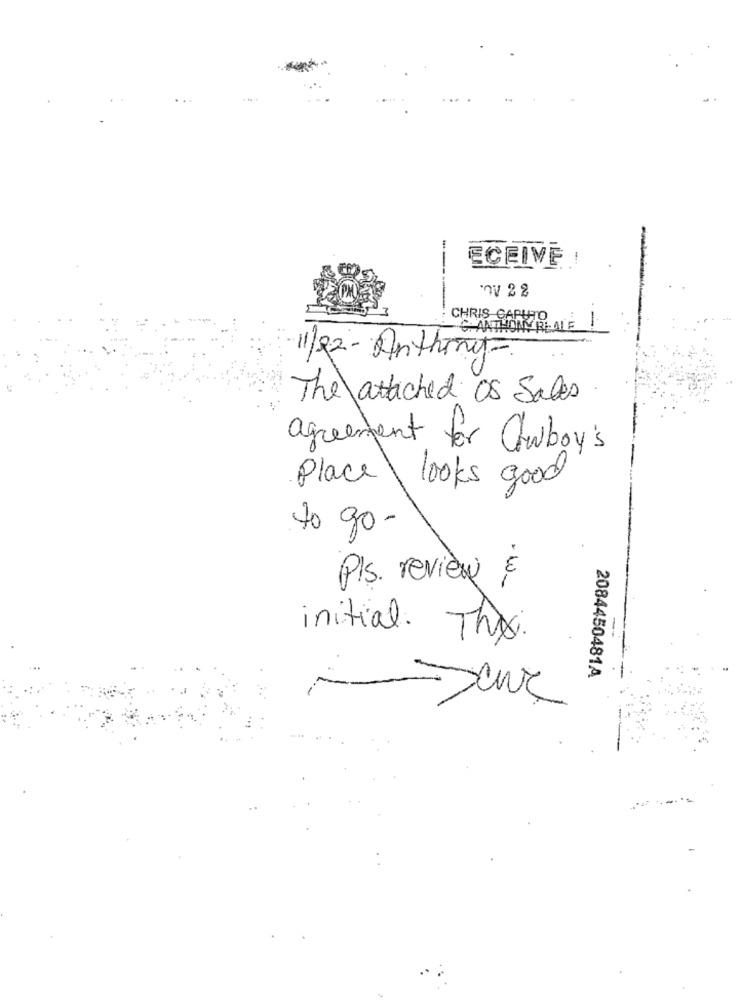
ECEIVE!
nv 2 2
-------
CHRIS CAPUTO
ANTHONY REALE
11/22- Anthony
The attached os Sales
agreement for awboy's
Place \ looks good
to go-
Pls. review
initial. The.
2084450481A